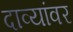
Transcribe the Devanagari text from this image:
दाव्यांवर